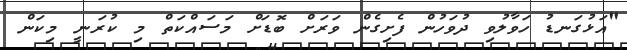
"އަޅުގަނޑު ހަވާލުވި ދުވަހުން ފެށިގެން ވަރަށް ބޮޑަށް މަސައްކަތް މި ކުރަނީ މިކަން